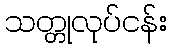
သတ္တုလုပ်ငန်း